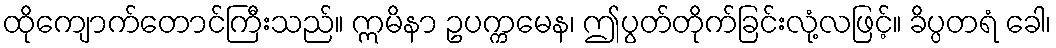
ထိုကျောက်တောင်ကြီးသည်။ ဣမိနာ ဥပက္ကမေန၊ ဤပွတ်တိုက်ခြင်းလုံ့လဖြင့်။ ခိပ္ပတရံ ခေါ၊